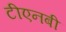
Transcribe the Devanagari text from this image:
टीएनबी